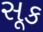
સૂક